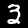
Digit: 3